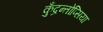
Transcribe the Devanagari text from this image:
कुँद्रन्तोप्सिया